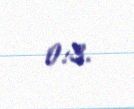
0:3.